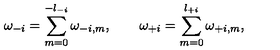
\omega _ { - i } = \sum _ { m = 0 } ^ { - l _ { - i } } \omega _ { - i , m } , \qquad \omega _ { + i } = \sum _ { m = 0 } ^ { l _ { + i } } \omega _ { + i , m } ,